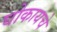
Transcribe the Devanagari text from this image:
घोकायचे